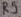
Text: R5